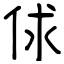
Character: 俅